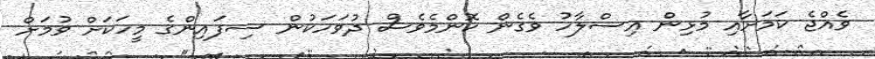
ވެއްޖެ ކަމަށާއި މުޅިން އިސްލާހު ވެގެން ކޮންމެވެސް ދުވަހަކުން ސިފައިންގެ މީހަކަށް ވުމަށް